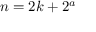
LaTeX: n = 2 k + 2 ^ { a }